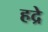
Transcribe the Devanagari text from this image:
हद्रे